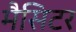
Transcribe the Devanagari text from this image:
मैसिटर